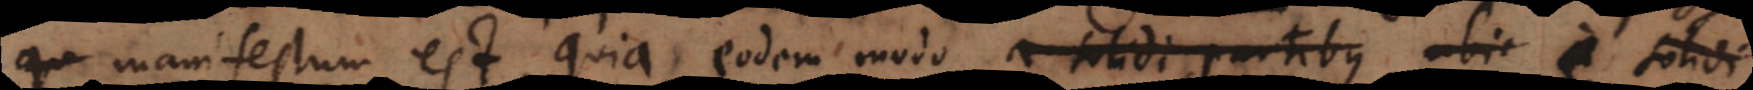
manifestum est, quia eodem modo a solidi partibus ubi a solidi